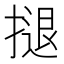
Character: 𢱸